Lock hospitals Punjab
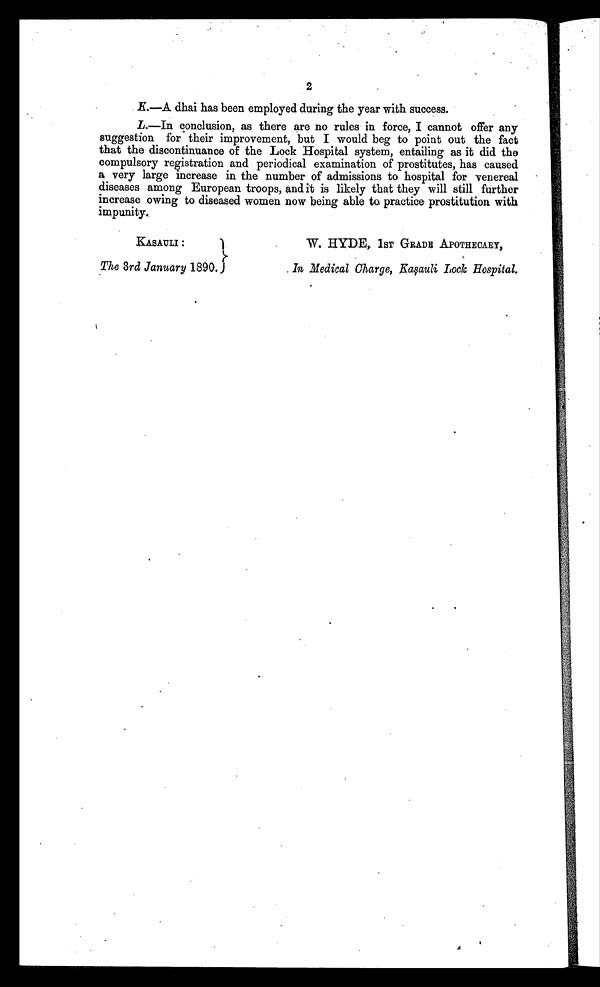
2
K . — A d h a i h a s b e e n e m p l o y e d d u r i n g t h e y e a r w i t h s u c c e s s .
L.—In conclusion, as there are no rules in force, I cannot offer any
suggestion for their improvement, but I would beg to point out the fact
that the discontinuance of the Lock Hospital system, entailing as it did the
compulsory registration and periodical examination of prostitutes, has caused
a very large increase in the number of admissions to hospital for venereal
diseases among European troops, and it is likely that they will still further
increase owing to diseased women now being able to practice prostitution with
impunity.
KASAULI :
The 3rd January 1890.
W. HYDE, 1ST GRADE APOTHECARY,
In Medical Charge, Kasauli Lock Hospital.